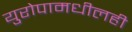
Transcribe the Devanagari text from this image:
युरोपामधीलही